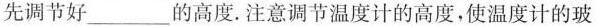
先调节好___的高度.注意调节温度计的高度，使温度计的玻